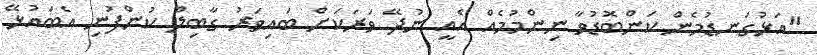
"އަޅުގަނޑުމެން ކަންބޮޑުވާ ނިންމުމެއް އެއީ ނުދޭ ވަރަކަށް ބައިވަރު ގާބިލް ކުންފުނި އެބައުޅޭ